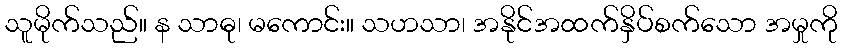
သူမိုက်သည်။ န သာဓု၊ မကောင်း။ သဟသာ၊ အနိုင်အထက်နှိပ်စက်သော အမှုကို